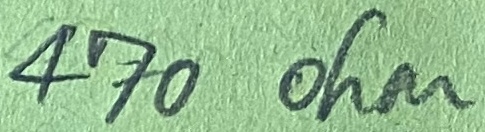
Text: 470 ohm